Vaccination in Burma 1920-1933 - 1920-1933
Year: 1920
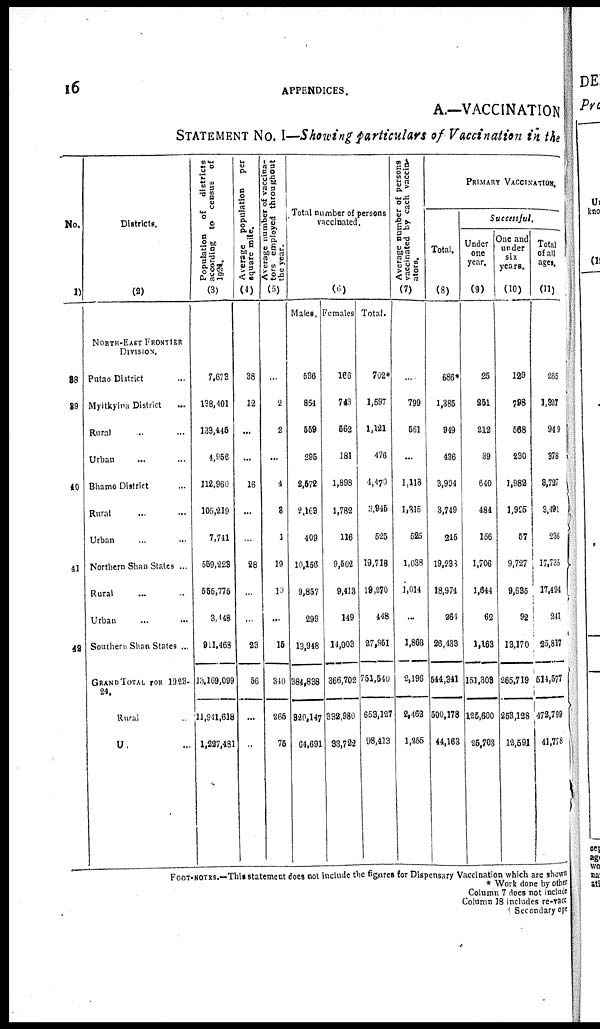
16 APPENDICES.
A.—VACCINATION
STATEMENT No. I—Showing particulars of Vaccination in the
No.
(1)
38
39
40
41
42
District.
(2)
NORTH-EAST FRONTIER
DIVISION.
Putao District ...
Myitkyina District ...
Rural ... ...
Urban ... ...
Bhamo District ...
Rural ... ...
Urban ... ...
Northern Shan States ...
Rural ... ...
Urban ... ...
Southern Shan States ...
GRAND TOTAL FOR 1923-
24.
Rural ...
Urban ... ...
Population
of
districts
according to census of
1924.
(3)
7,673
138,401
139,445
4,956
112,960
105,219
7,741
559,228
555,775
3,448
911,468
13,169,099
11,841,618
1,227,481
Average population
per
square mile.
(4)
38
12
...
...
16
...
...
28
...
...
23
66
...
...
Average number of vaccina-
tors employed throughout
the year.
(5)
...
2
2
...
4
3
1
19
10
...
15
340
265
75
Total number of persons
vaccinated.
(6)
Males.
536
854
559
295
2,572
2,163
409
10,156
9,857
299
13,948
384,838
820,147
64,691
females
166
743
562
181
1,898
1,782
116
9,562
9,413
149
14,003
366,702
332,980
33,722
Total.
702*
1,597
1,121
476
4,470
3,946
525
19,718
19,270
448
27,951
761,540
653,127
98,413
Average number of persons
vaccinated by each vaccina¬
ators.
(7)
...
799
561
...
1,118
1,315
525
1,038
1,014
...
1,868
2,196
2,462
1,255
PRIMARY VACCINATION.
Total.
(8)
686*
1,385
949
436
3,994
3,749
245
19,283
18,974
264
26,433
544,341
500,178
44,163
Successful.
Under
one
year.
(9)
25
251
212
39
640
484
156
1,706
1,644
62
1,163
151,308
125,600
25,703
One and
under
six
years.
(10)
129
798
568
230
1,982
1,925
57
9,727
9,635
92
13,170
265,719
253,128
12,591
Total
of all
ages.
(11)
265
1,327
949
378
8,727
3,491
236
17,735
17,494
241
25,817
514,677
472,799
41,778
FOOT-NOTES.—This statement does not include the figures for Dispensary Vaccination which are shown
* Work done by other
Column 7 does not include
Column 18 includes re-vacc
† Secondary ope